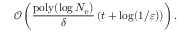
\mathcal { O } \left( \frac { \mathrm { p o l y } ( \log N _ { v } ) } { \delta } \left( t + \log ( 1 / \varepsilon ) \right) \right) .